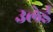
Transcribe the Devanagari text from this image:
उलेई